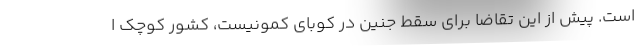
است. پیش از این تقاضا برای سقط جنین در کوبای کمونیست، کشور کوچک ا